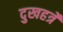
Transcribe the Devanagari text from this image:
दुखहर्त्रे